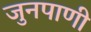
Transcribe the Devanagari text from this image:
जुनपाणी